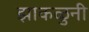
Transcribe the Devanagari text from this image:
झाकळुनी